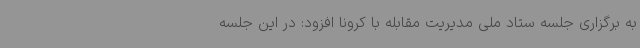
به برگزاری جلسه ستاد ملی مدیریت مقابله با کرونا افزود: در این جلسه